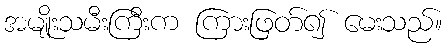
အမျိုးသမီးကြီးက ကြားဖြတ်၍ မေးသည်။